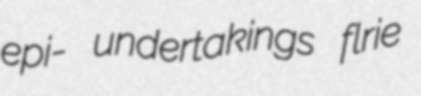
epi- undertakings flrie